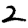
Digit: 2